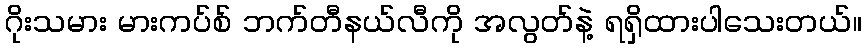
ဂိုးသမား မားကပ်စ် ဘက်တီနယ်လီကို အလွတ်နဲ့ ရရှိထားပါသေးတယ်။